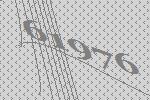
61976